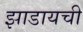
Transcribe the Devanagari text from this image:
झाडायची